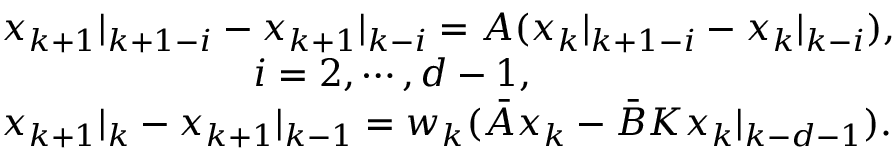
\begin{array} { r l } & { x _ { k + 1 } | _ { k + 1 - i } - x _ { k + 1 } | _ { k - i } = A ( x _ { k } | _ { k + 1 - i } - x _ { k } | _ { k - i } ) , } \\ & { ~ ~ ~ ~ ~ ~ ~ ~ ~ ~ ~ ~ ~ ~ ~ ~ ~ ~ ~ ~ i = 2 , \cdots , d - 1 , } \\ & { x _ { k + 1 } | _ { k } - x _ { k + 1 } | _ { k - 1 } = w _ { k } ( \bar { A } x _ { k } - \bar { B } K x _ { k } | _ { k - d - 1 } ) . } \end{array}